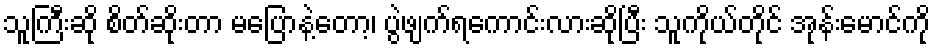
သူကြီးဆို စိတ်ဆိုးတာ မပြောနဲ့တော့၊ ပွဲဖျက်ရကောင်းလားဆိုပြီး သူကိုယ်တိုင် အုန်းမောင်ကို